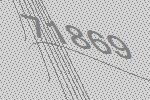
71869